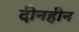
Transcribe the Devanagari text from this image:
दीनहीन